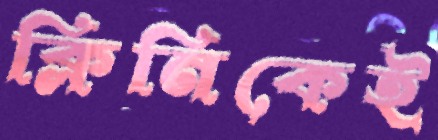
ক্লিনিকেই